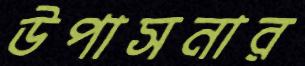
উপাসনার